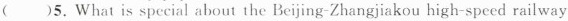
( )5. What is special about the Beijing-Zhangjiakou high-spced railway